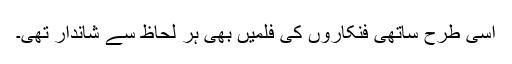
اسی طرح ساتھی فنکاروں کی فلمیں بھی ہر لحاظ سے شاندار تھی۔